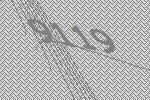
9119